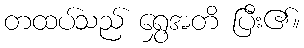
တထပ်သည် ရွှေအတိ ပြီး၏။